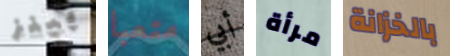
بينز متعبا أبي مرأة بالخزانة